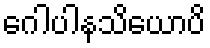
ဂေါပါနသိယောပိ